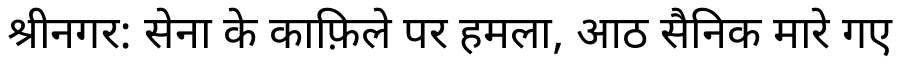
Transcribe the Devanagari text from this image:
श्रीनगर: सेना के काफ़िले पर हमला, आठ सैनिक मारे गए